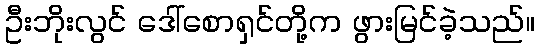
ဦးဘိုးလွင် ဒေါ်စောရှင်တို့က ဖွားမြင်ခဲ့သည်။